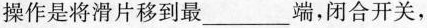
操作是将滑片移到最_____端，闭合开关，